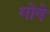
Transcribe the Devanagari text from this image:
गोषे